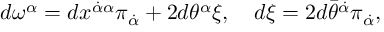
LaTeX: d \omega ^ { \alpha } = d x ^ { \dot { \alpha } \alpha } \pi _ { \dot { \alpha } } + 2 d \theta ^ { \alpha } \xi , \quad d \xi = 2 d \bar { \theta } ^ { \dot { \alpha } } \pi _ { \dot { \alpha } } ,